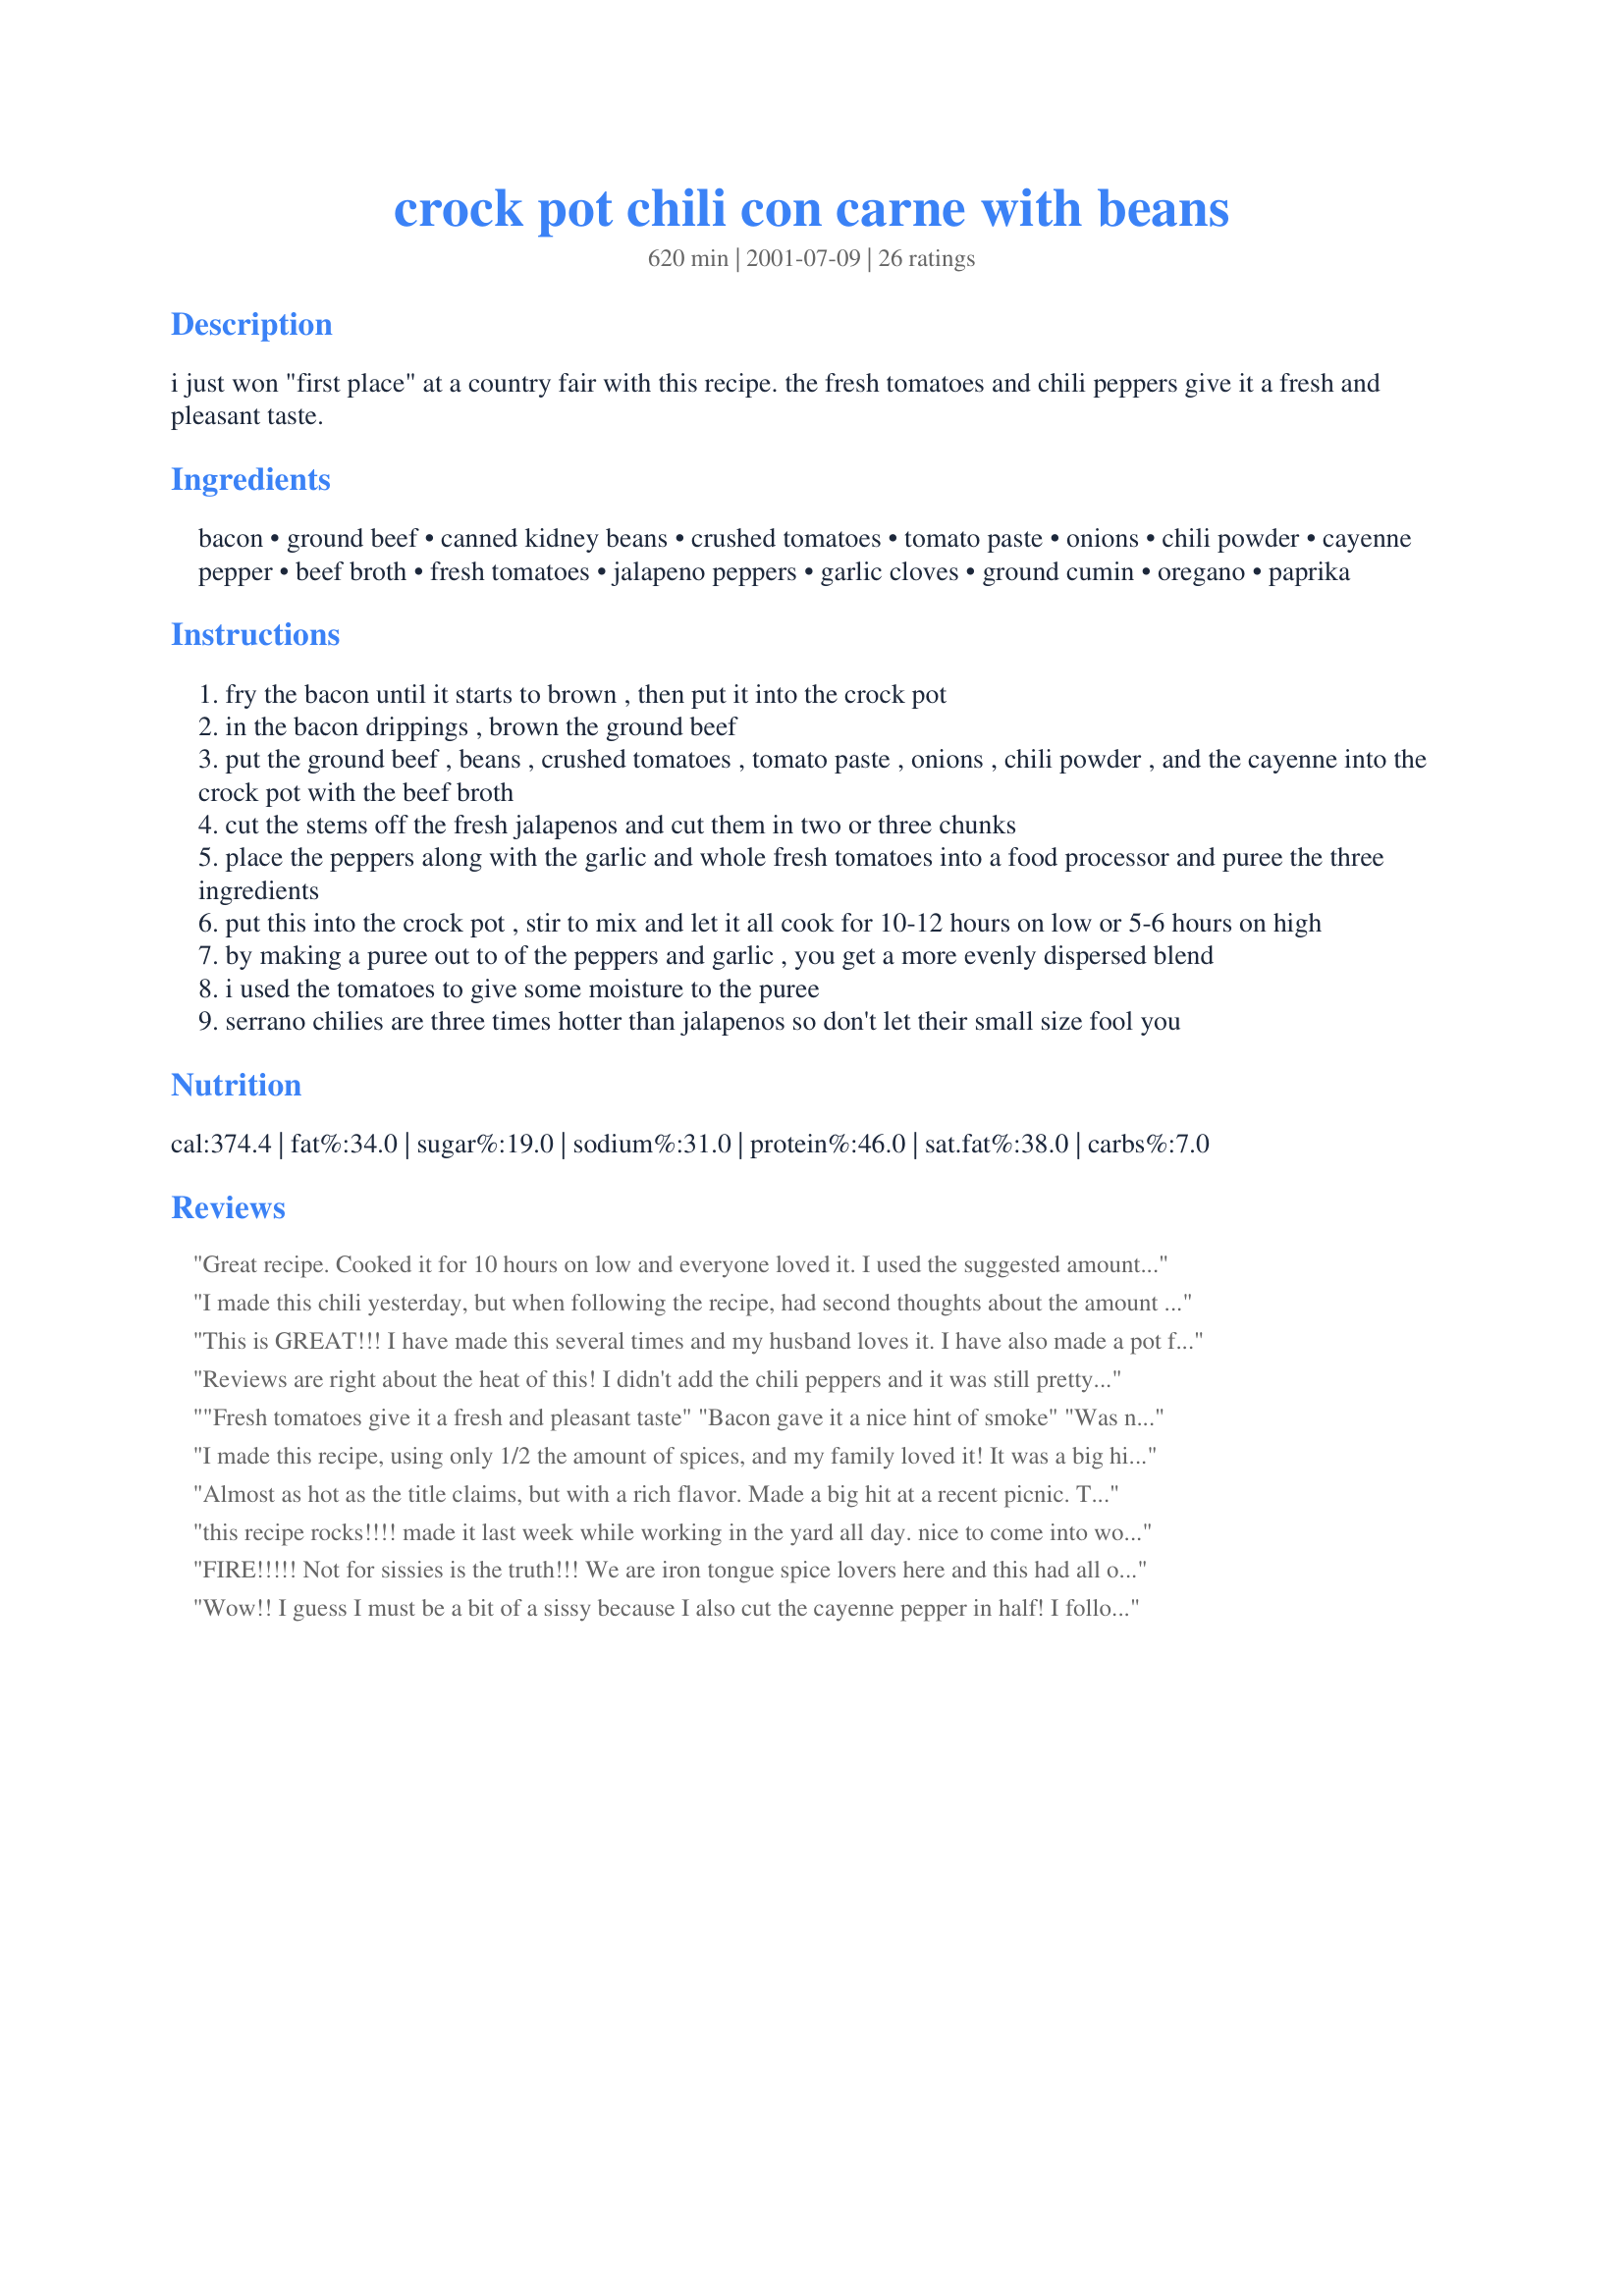
crock pot chili con carne with beans
Preparation time: 620 minutes

i just won "first place" at a country fair with this recipe. the fresh tomatoes and chili peppers give it a fresh and pleasant taste.

Ingredients:
bacon, ground beef, canned kidney beans, crushed tomatoes, tomato paste, onions, chili powder, cayenne pepper, beef broth, fresh tomatoes, jalapeno peppers, garlic cloves, ground cumin, oregano, paprika

Steps:
fry the bacon until it starts to brown , then put it into the crock pot
in the bacon drippings , brown the ground beef
put the ground beef , beans , crushed tomatoes , tomato paste , onions , chili powder , and the cayenne into the crock pot with the beef broth
cut the stems off the fresh jalapenos and cut them in two or three chunks
place the peppers along with the garlic and whole fresh tomatoes into a food processor and puree the three ingredients
put this into the crock pot , stir to mix and let it all cook for 10-12 hours on low or 5-6 hours on high
by making a puree out to of the peppers and garlic , you get a more evenly dispersed blend
i used the tomatoes to give some moisture to the puree
serrano chilies are three times hotter than jalapenos so don't let their small size fool you

Reviews:
Great recipe. Cooked it for 10 hours on low and everyone loved it. I used the suggested amount of cayenne and some people found it to hot (they had to take breaks before they could finish it). I would suggest using 25% of the cayenne listed and taste it for heat. Add more cayenne if you want more heat. I also used chuck steak and cut it into cube instead of using ground beef.

Overall, a great recipe that i will do again!!!
I made this chili yesterday, but when following the recipe, had second thoughts about the amount of spices. I chickened out and cut some of the spices in half. The end result was delicious and just hot enough. This is definitely a keeper.
This is GREAT!!! I have made this several times and my husband loves it. I have also made a pot for a work pot-luck at work and it went over really well.
Reviews are right about the heat of this! I didn't add the chili peppers and it was still pretty mean. Added a couple of small packets of chocolate buttons and that seems to mellow it out. It's now going to be my staple chilli recipe - delicous.
"Fresh tomatoes give it a fresh and pleasant taste" "Bacon gave it a nice hint of smoke" "Was nervous about the cumin taste" Are you kidding me?! All I tasted was insane fire the second it hit my tounge! It was very good, but I'm a spice head and this still needed to be taken down a couple notches, next time I'll be using 2 ounces chili powder and 1 ounce of cayenne, and using more fresh tomatoes. I used 2 lbs ground beef and 2 lbs of round steak cubed and it was a nice mix, may go with more steak next time.
I made this recipe, using only 1/2 the amount of spices, and my family loved it! It was a big hit with my son and his friends. I tried it using 3/4 of the spices and it was too hot for me.
Almost as hot as the title claims, but with a rich flavor. Made a big hit at a recent picnic. This is a keeper.
this recipe rocks!!!! made it last week while working in the yard all day. nice to come into wonderful smells!!! the taste was great and just hot enough! easy to make and wasy to adjust spice levels throughout the day. 

I did make one change - used cut-up round steak instead of hamburger - IMHO chili is way better long cooked with steak.
FIRE!!!!! Not for sissies is the truth!!! We are iron tongue spice lovers here and this had all of us in tears! I would cut the cayenne in half (at least) next time. After a day or two it mellowed out though (don't get me wrong, still too hot for sissies!). It is THE BEST chili!! I made all of the ingredients "throw in the pot" ready the night before and let it cook away the next day. So easy! I added green (spanish) olives to the chili and topped each bowl off with chunked cheddar. YUMMMMMM!!!
Wow!! I guess I must be a bit of a sissy because I also cut the cayenne pepper in half! I followed the rest of the recipe as posted, but I realized my crockpot was not going to be big enough, so I cooked this on the stove. The chili was delicious.. just spicey enough for me, but DH wants me to add the full amount of cayenne next time! Yes, it's definitely not for sissies! I'm sure I'll be making this again!
I made this recipe for a April Fool's potluck at work. I left out the jalapenos and cut back on the chili powder. It was way too hot! The sissies couldn't take it and turned red faced. Those who could take it, loved it. The only problem I had was that it was too much for my crockpot and had to cook it in my stockpot. Next time I 'll cut back a lot on the spices to satisfy everyone.
The recipe wasn't hard to make, and the final product had a superb flavor. This chili is definitely not for sissies!
I was feeding sissies, so I cut back on the heat. I also substituted pastrami for the bacon, and it was Jewish chili heaven!
i cooked this in a dutch oven at one of our summer camping trip. what a great one-pot meal! meaty, rich and full of flavor but not overly tomato-y. 10 coals on the bottom, 7 on top, 90 mins total, rotate every 15. perfect camping food!
Outstanding chili recipe, very simple and inexpensive. I made a third recipe and it came out perfect. I did add another can of beans though after I converted it on here.

Excellent!! :)
This is the best chili I have ever had. I cut back on the hot stuff to try an acomodate to my wifes taste but it was still to hot for her. Some people just cant hack the stuff with some kick.
I didn't mind though it just ment there was more for me. Loved it, will be making this again.


This was very good. I scaled it down to serve 6 (but honestly it only fed 3 in our house). I halved the cayenne and deseeded the jalepeno (I was afraid...) but it was good and had just a little touch of heat. The bacon was great and the texture of the beef was broken down due to the long cook time. Yummy! DH said this is to be our staple "frito pie" chili variation.
I too cut back on the number of spices. I cut this recipe in half and couldn't bring myself to use 2 oz's of cayenne and chili powder.

Anyhow, I put in 2 yellow habenero's instead. (and about half the amount of chili powder/cayenne) It turned out great!

I'm able to casually eat it, and after about 5 bites it starts to build up some heat. Just the way I like it.
This chili was AWESOME! I made it for a party and it was a huge hit. I added garbanzo beans to it. The heat was perfect. It wasn't so hot that it took away from the taste, but it was definitely hot!
I made this chili yesterday and it was awesome! I can never get my chili hot enough for DH but this time he was very happy. He said it was the best chili I have ever made! I was skeptical about the bacon at first and almost left it out but was glad I didn't it gave it a nice smokey flavor. This was fairly easy to put together too! A keeper! Thanks :)
WOW-WEE!! This is good stuff!! I can plainly see why it would win 1st place! I had to leave out all the "super spicy goodness" because my 7yr old would be eating it too but even without it it rocked! 

Changes made: I left out the cayenne pepper, jalapeno peppers, and fresh tomatoe (didn't have one or I would have added it) and I only put in half the chili powder. I poped it all in the crockpot on high for about 4 hours.

Served with: Shredded sharp cheddar and sour cream and a grilled cheese sandwich. 

This will be my staple chili recipe from now own! Thank you soooo much! (^_^)
Wow!!! This is definitely a keeper!! I halved the recipe since I wasn't going to feed an army and even at that I, like some of the other posters, chickened out and cut back on the spices. I served it with flour tortillas and topped off each bowl with cheddar cheese and onions. This is truly the best chili I've ever made.
Man This chili is good. Just won 1st place in taste and 1st place in the hottest. Never before has thie happen in our contest. Thank you
I wish I could say that I loved this, but I did not. The smell was wonderful when it was cooking, but it just didn't satisfy my taste buds like I had hoped it would. I put 2 serranos in, but it really wasn't all that hot. I would probably make this again, but I will expirament next time to get the flavor just right!
Loved it!! I used green chili's instead of jalapeno peppers, it was hot and soooo good! I modified the reciped for 4-6 servings and cooked in the crock pot for about 4 hours. My husband and I both loved it.
I halved the recepi to fit in my crock pot and then halved the spice from there. The chili was GREAT. The spice was what I would call mild to medium - enough to build up in your mouth. The chili was a hit with my family and my work party both and I'm making it again soon!
